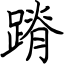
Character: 蹐